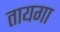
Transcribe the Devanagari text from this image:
तायगा